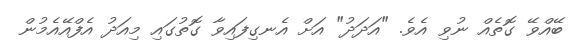
ބޭއްވޭ ގޮތެއް ނުވި އެވެ. "އަދަދު" އަށް އެނގިފައިވާ ގޮތުގައި މިއަދު އެފްއޭއެމުން